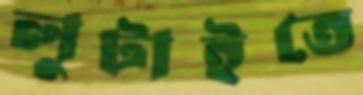
লুটাইতে